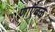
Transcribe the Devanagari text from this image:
णाऍवळ